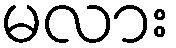
မလား